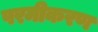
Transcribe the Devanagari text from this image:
परमीकरण